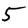
Digit: 5